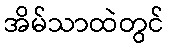
အိမ်သာထဲတွင်